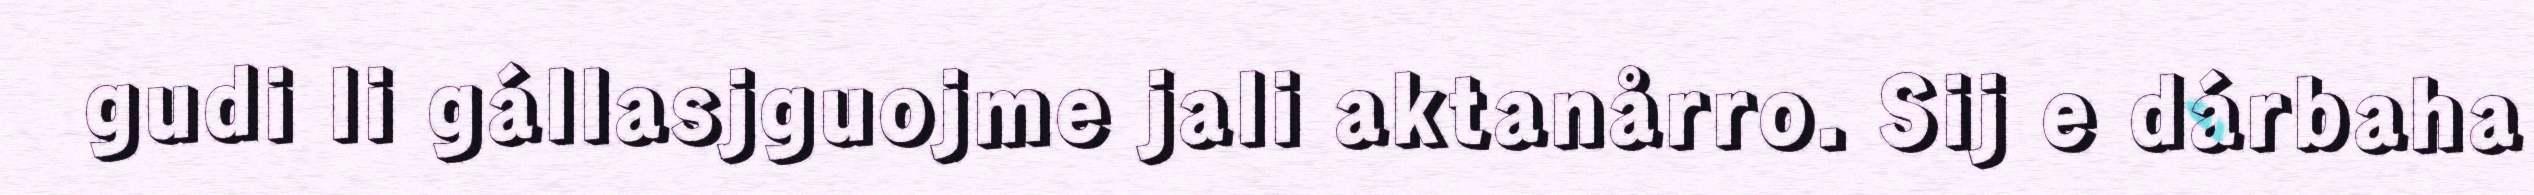
gudi li gállasjguojme jali aktanårro. Sij e dárbaha